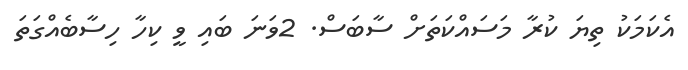
އެކަމަކު ތިޔަ ކުރާ މަސައްކަތަށް ސާބަސް. 2ވަނަ ބައި ވީ ކިހާ ހިސާބެއްގަތަ